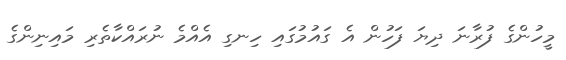
މީހުންގެ ފުރާނަ ދިޔަ ފަހުން އެ ގައުމުގައި ހިނގި އެއްމެ ނުރައްކާތެރި މައިނިންގެ